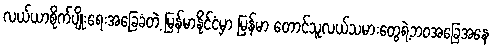
လယ်ယာစိုက်ပျိုးရေးအခြေခံတဲ့ မြန်မာနိုင်ငံမှာ မြန်မာ တောင်သူလယ်သမားတွေရဲ့ဘဝအခြေအနေ